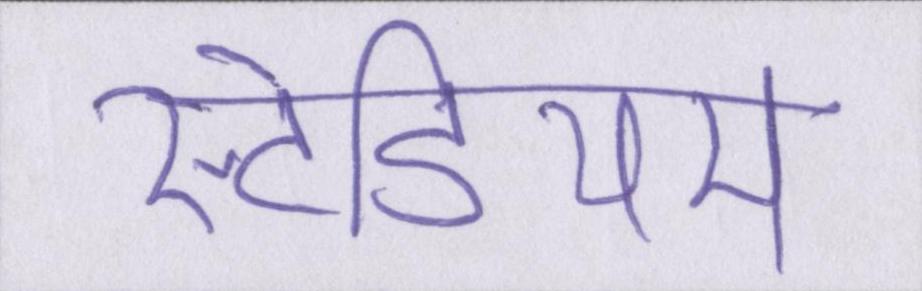
स्टेडियम